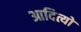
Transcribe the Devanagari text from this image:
आदित्यो